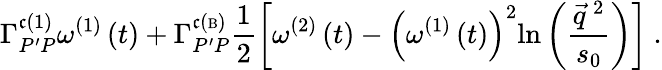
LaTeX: \Gamma_{P^{\prime}P}^{\mathfrak{c}\left(1\right)}\omega^{\left(1\right)}\left(t\right)+\Gamma_{P^{\prime}P}^{\mathfrak{c}\left({\mathrm{{\scriptsize{B}}}}\right)}\frac{{1}}{{2}}\left[\omega^{\left(2\right)}\left(t\right)-\left(\omega^{\left(1\right)}\left(t\right)\right)^{2}\mathrm{{ln}}\left(\frac{{\vec{{q}}^{~2}}}{{s_{0}}}\right)\right]\mathrm{{\ .}}